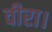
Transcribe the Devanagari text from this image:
वीरा।